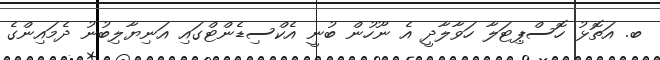
ބ. އަތޮޅު ހޮސްޕިޓަލާ ހަވާލާދީ އެ ނޫހުން ބުނީ އެކްސިޑެންޓްގައި އަނިޔާލިބުނު ދެމައިންގެ